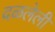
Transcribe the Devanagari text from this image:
दळलेली